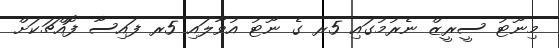
މިނޫޓު ސީރީޒް ނެރުމުގައި 5ރ ގެ ނޫޓު އުވާލައި 5ރ ފައިސާ ފޮއްޗަކަށް